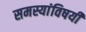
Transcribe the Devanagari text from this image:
समस्यांविषयी